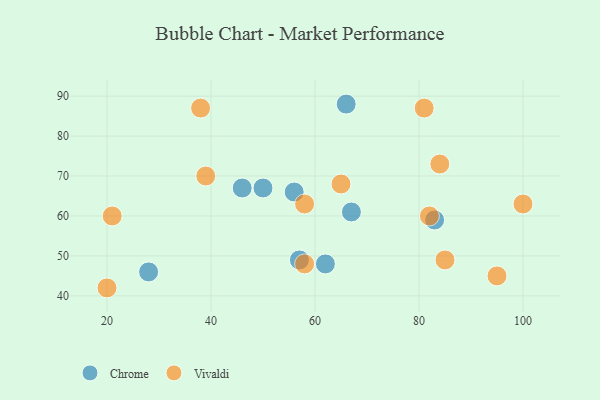
{"axis": {"x": "GDP", "y": "Life Expectancy"}, "legend": ["Chrome", "Vivaldi"], "data": [{"x": "67", "y": 61, "type": "Chrome"}, {"x": "28", "y": 46, "type": "Chrome"}, {"x": "57", "y": 49, "type": "Chrome"}, {"x": "46", "y": 67, "type": "Chrome"}, {"x": "62", "y": 48, "type": "Chrome"}, {"x": "56", "y": 66, "type": "Chrome"}, {"x": "50", "y": 67, "type": "Chrome"}, {"x": "83", "y": 59, "type": "Chrome"}, {"x": "66", "y": 88, "type": "Chrome"}, {"x": "100", "y": 63, "type": "Vivaldi"}, {"x": "21", "y": 60, "type": "Vivaldi"}, {"x": "84", "y": 73, "type": "Vivaldi"}, {"x": "82", "y": 60, "type": "Vivaldi"}, {"x": "38", "y": 87, "type": "Vivaldi"}, {"x": "81", "y": 87, "type": "Vivaldi"}, {"x": "39", "y": 70, "type": "Vivaldi"}, {"x": "58", "y": 48, "type": "Vivaldi"}, {"x": "65", "y": 68, "type": "Vivaldi"}, {"x": "58", "y": 63, "type": "Vivaldi"}, {"x": "85", "y": 49, "type": "Vivaldi"}, {"x": "95", "y": 45, "type": "Vivaldi"}, {"x": "20", "y": 42, "type": "Vivaldi"}]}